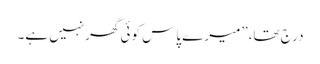
درج تھا،”میرے پاس کوئی گھرنہیں ہے۔